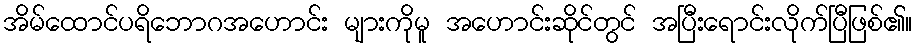
အိမ်ထောင်ပရိဘောဂအဟောင်း များကိုမူ အဟောင်းဆိုင်တွင် အပြီးရောင်းလိုက်ပြီဖြစ်၏။